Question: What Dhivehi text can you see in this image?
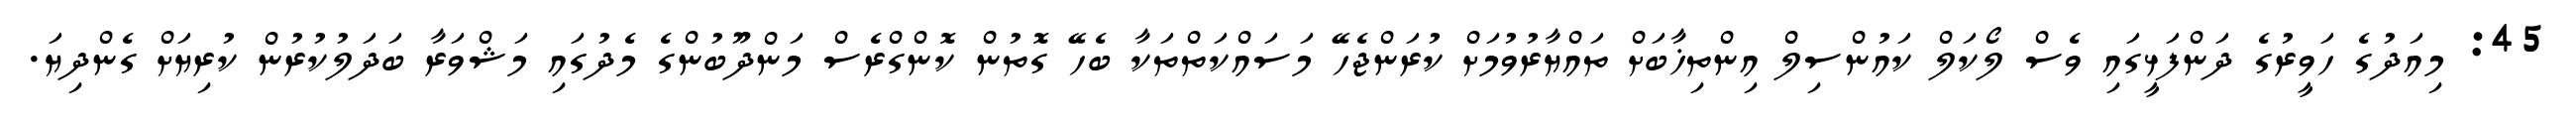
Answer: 45: މިއަދުގެ ހަވީރުގެ ދަންފަޅީގައި ވެސް ލޯކަލް ކައުންސިލް އިންތިޚާބަށް ތައްޔާރުވުމަށް ކުރަންޖެހޭ މަސައްކަތްތަކާ ބެހޭ ގޮތުން ކޮންގްރެސް މަންދޫބުންގެ މެދުގައި މަޝްވަރާ ބަދަލުކުރުން ކުރިޔަށް ގެންދިޔަ.